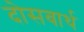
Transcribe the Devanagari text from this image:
दोसबार्थ